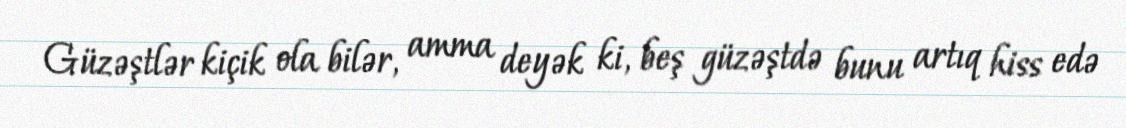
Güzəştlər kiçik ola bilər, amma deyək ki, beş güzəştdə bunu artıq hiss edə